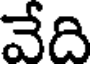
వేది